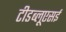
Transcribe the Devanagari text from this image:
टीडब्लूएसई